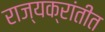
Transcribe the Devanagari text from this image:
राज्यक्रांतीत